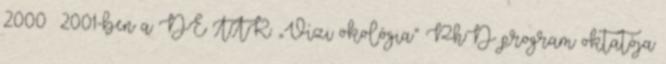
2000 2001-ben a DE TTK „Vízi ökológia” PhD program oktatója